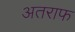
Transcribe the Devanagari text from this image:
अतराफ